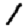
Digit: 1